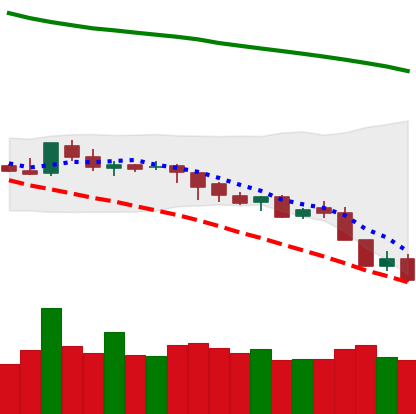
Ticker: LTC-USD
Chart end date: 2018-08-10
Forward return: -8.239%
Label: down_7plus